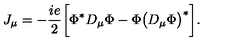
J _ { \mu } = - { \frac { i e } { 2 } } \bigg [ \Phi ^ { \ast } D _ { \mu } \Phi - \Phi \big ( D _ { \mu } \Phi \big ) ^ { \ast } \bigg ] .